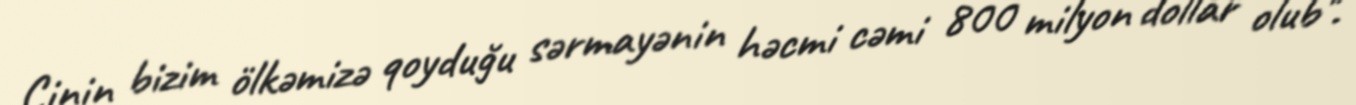
Çinin bizim ölkəmizə qoyduğu sərmayənin həcmi cəmi 800 milyon dollar olub".